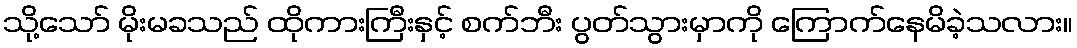
သို့သော် မိုးမခသည် ထိုကားကြီးနှင့် စက်ဘီး ပွတ်သွားမှာကို ကြောက်နေမိခဲ့သလား။